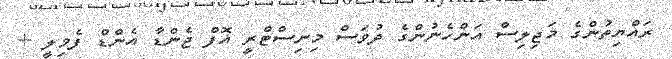
ރައްޔިތުންގެ މަޖިލިސް އަންހެނުންގެ ދުވަސް މިނިސްޓްރީ އޮފް ޖެންޑާ އެންޑް ފެމިލީ +